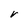
Character: r